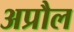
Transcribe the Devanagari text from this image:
अप्रौल